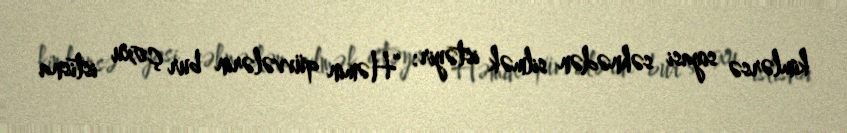
kimlərsə siyasi səhnədən silmək istəyir: “Həmin qüvvələrin bur çoxu istisna